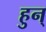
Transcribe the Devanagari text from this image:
हुन्